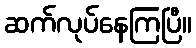
ဆက်လုပ်နေကြပြီ။